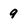
Character: 9